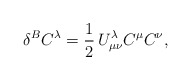
\begin{align*}\delta^B C^{\lambda} = \frac{1}{2}\, U^{\lambda}_{\mu\nu} C^{\mu}C^{\nu},\end{align*}